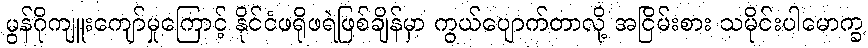
မွန်ဂိုကျူးကျော်မှုကြောင့် နိုင်ငံဖရိုဖရဲဖြစ်ချိန်မှာ ကွယ်ပျောက်တာလို့ အငြိမ်းစား သမိုင်းပါမောက္ခ